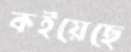
কইয়েছে